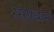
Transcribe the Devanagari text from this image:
रसप्रधान